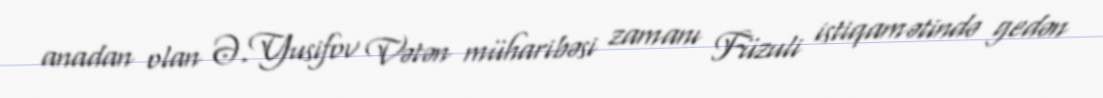
anadan olan Ə.Yusifov Vətən müharibəsi zamanı Füzuli istiqamətində gedən